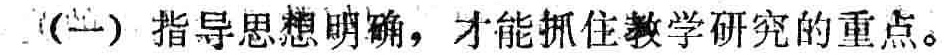
（一）指导思想明确，才能抓住教学研究的重点。